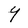
Character: Y